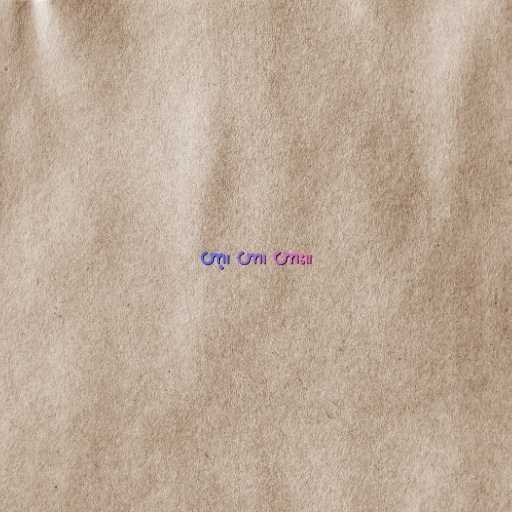
ဟာ့၊ ဟာ၊ ဟား။